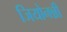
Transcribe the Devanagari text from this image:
जियोनन्नी